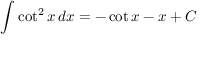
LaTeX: \int \cot ^ { 2 } x \, d x = - \cot x - x + C